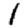
Digit: 1